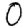
Digit: 0